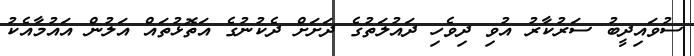
ސުވައިދީބު ސަރުކާރު އުވި ދިވެހި ދައުލަތުގެ ދަށަށް ދެކުނުގެ އަތޮޅުތައް އަލުން އައުމާއެކު